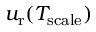
u _ { \mathrm { r } } ( T _ { \mathrm { s c a l e } } )